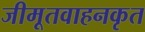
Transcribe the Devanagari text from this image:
जीमूतवाहनकृत